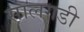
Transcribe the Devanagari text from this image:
सालगडी